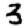
Digit: 3